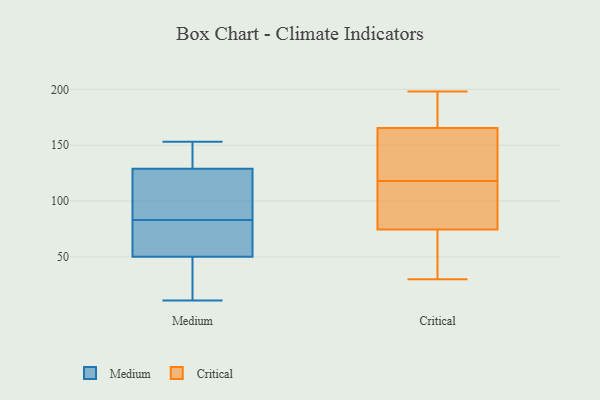
{"axis": {"x": "Production Output", "y": "Value"}, "legend": ["Critical", "Medium"], "data": [{"x": "", "y": 153, "type": "Medium"}, {"x": "", "y": 41, "type": "Medium"}, {"x": "", "y": 143, "type": "Medium"}, {"x": "", "y": 60, "type": "Medium"}, {"x": "", "y": 28, "type": "Medium"}, {"x": "", "y": 117, "type": "Medium"}, {"x": "", "y": 11, "type": "Medium"}, {"x": "", "y": 136, "type": "Medium"}, {"x": "", "y": 122, "type": "Medium"}, {"x": "", "y": 71, "type": "Medium"}, {"x": "", "y": 59, "type": "Medium"}, {"x": "", "y": 71, "type": "Medium"}, {"x": "", "y": 121, "type": "Medium"}, {"x": "", "y": 137, "type": "Medium"}, {"x": "", "y": 95, "type": "Medium"}, {"x": "", "y": 23, "type": "Medium"}, {"x": "", "y": 194, "type": "Critical"}, {"x": "", "y": 40, "type": "Critical"}, {"x": "", "y": 167, "type": "Critical"}, {"x": "", "y": 137, "type": "Critical"}, {"x": "", "y": 37, "type": "Critical"}, {"x": "", "y": 143, "type": "Critical"}, {"x": "", "y": 79, "type": "Critical"}, {"x": "", "y": 118, "type": "Critical"}, {"x": "", "y": 161, "type": "Critical"}, {"x": "", "y": 94, "type": "Critical"}, {"x": "", "y": 30, "type": "Critical"}, {"x": "", "y": 108, "type": "Critical"}, {"x": "", "y": 127, "type": "Critical"}, {"x": "", "y": 73, "type": "Critical"}, {"x": "", "y": 112, "type": "Critical"}, {"x": "", "y": 68, "type": "Critical"}, {"x": "", "y": 192, "type": "Critical"}, {"x": "", "y": 198, "type": "Critical"}, {"x": "", "y": 186, "type": "Critical"}]}